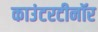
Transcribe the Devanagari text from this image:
काउंटरटीनॉर